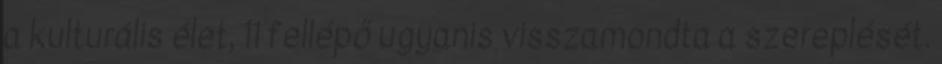
a kulturális élet, 11 fellépő ugyanis visszamondta a szereplését.